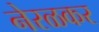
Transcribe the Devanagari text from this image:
नेरळकर